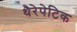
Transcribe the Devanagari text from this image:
थैरेपेटिक